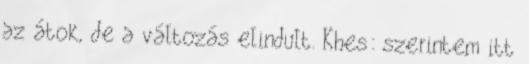
az átok, de a változás elindult. Khes: szerintem itt